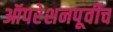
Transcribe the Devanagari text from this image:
ऑपरेशनपूर्वीच